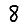
Digit: 8